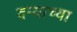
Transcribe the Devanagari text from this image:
दर्‍याच्या